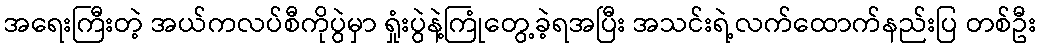
အရေးကြီးတဲ့ အယ်ကလပ်စီကိုပွဲမှာ ရှုံးပွဲနဲ့ကြုံတွေ့ခဲ့ရအပြီး အသင်းရဲ့လက်ထောက်နည်းပြ တစ်ဦး